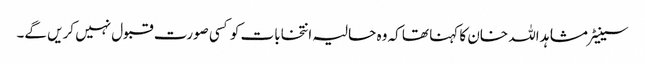
سینیٹر مشاہد اللہ خان کا کہنا تھا کہ وہ حالیہ انتخابات کو کسی صورت قبول نہیں کریں گے۔